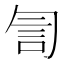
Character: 訇